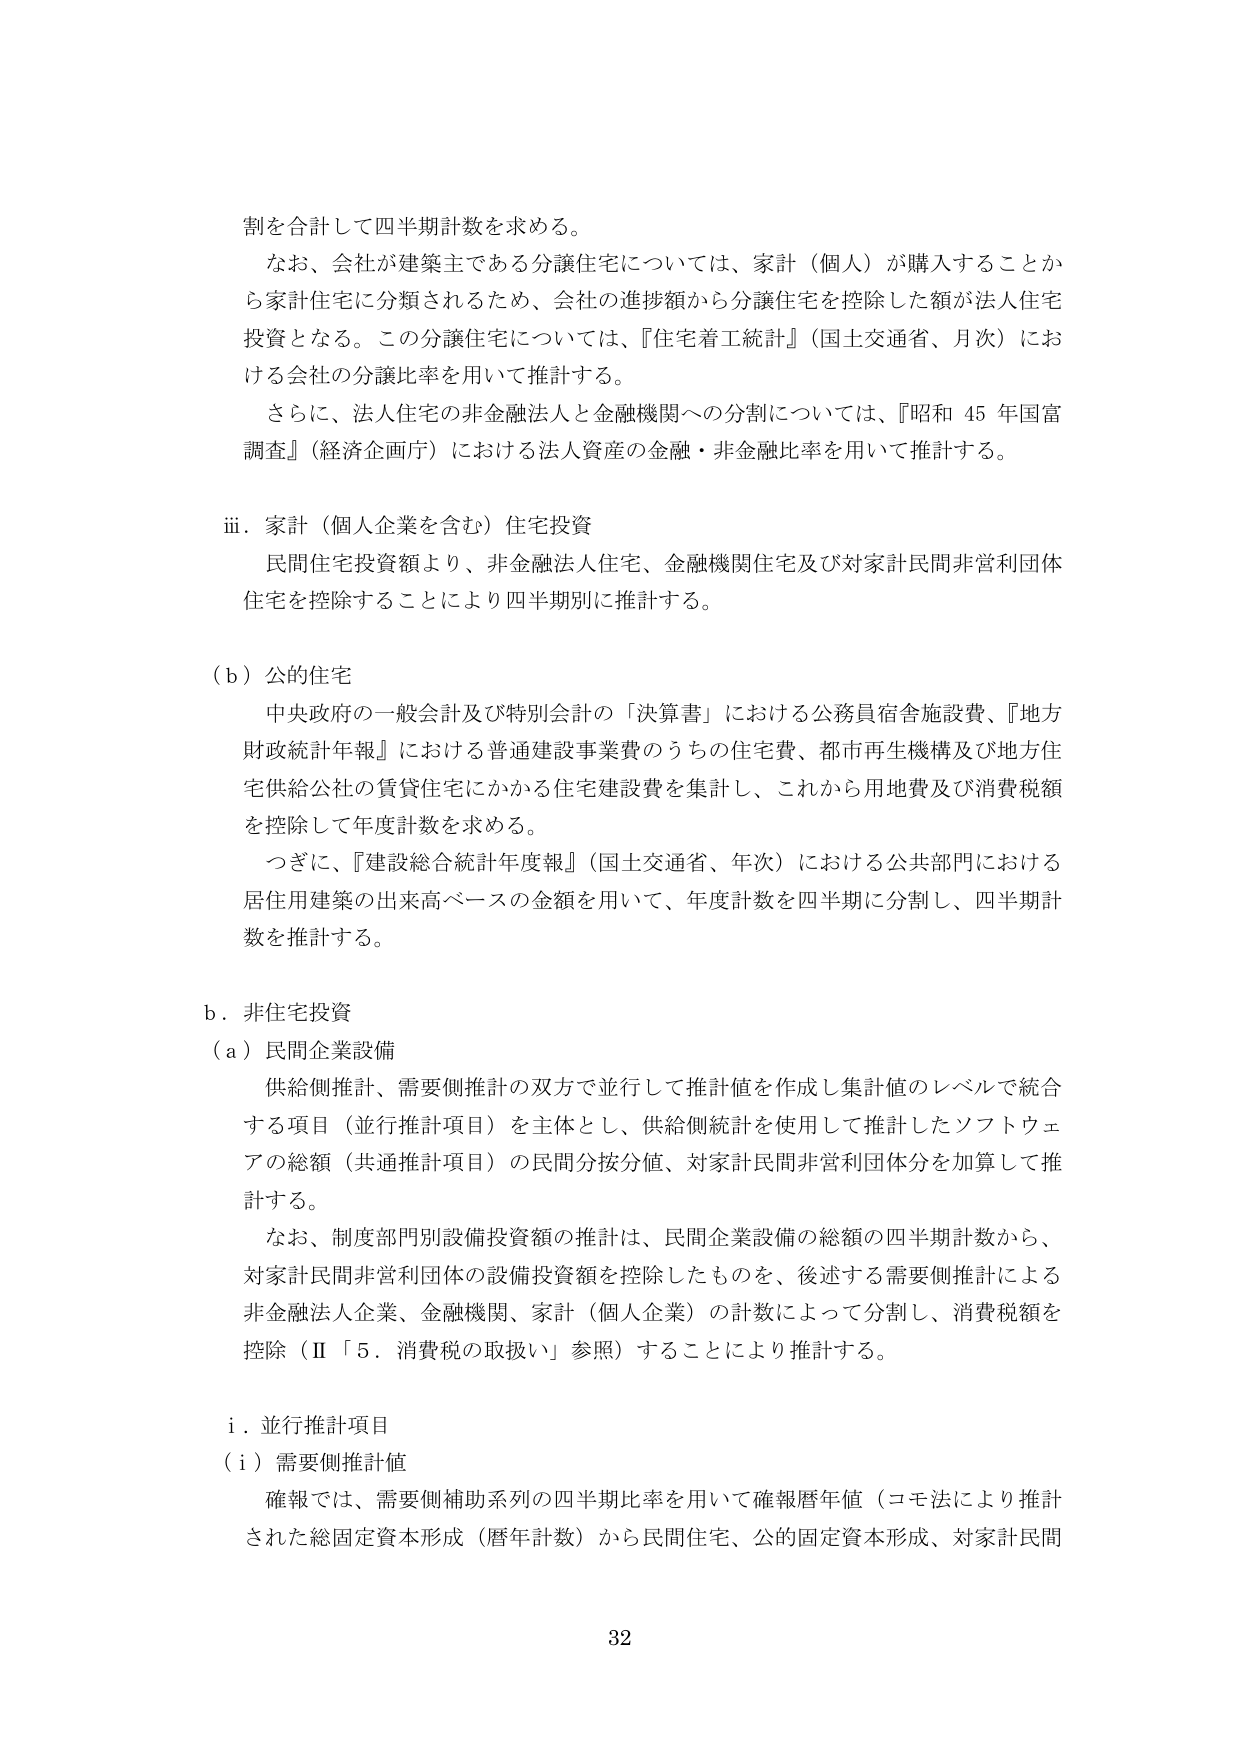
割を合計して四半期計数を求める。

なお、会社が建築主である分譲住宅については、家計（個人）が購入することから家計住宅に分類されるため、会社の進捗額から分譲住宅を控除した額が法人住宅投資となる。この分譲住宅については、『住宅着工統計』（国土交通省、月次）における会社の分譲比率を用いて推計する。

さらに、法人住宅の非金融法人と金融機関への分割については、『昭和 45 年国富調査』（経済企画庁）における法人資産の金融・非金融比率を用いて推計する。

ⅲ．家計（個人企業を含む）住宅投資
民間住宅投資額より、非金融法人住宅、金融機関住宅及び対家計民間非営利団体住宅を控除することにより四半期別に推計する。

（ｂ）公的住宅
中央政府の一般会計及び特別会計の「決算書」における公務員宿舎施設費、『地方財政統計年報』における普通建設事業費のうちの住宅費、都市再生機構及び地方住宅供給公社の賃貸住宅にかかる住宅建設費を集計し、これから用地費及び消費税額を控除して年度計数を求める。

つぎに、『建設総合統計年度報』（国土交通省、年次）における公共部門における居住用建築の出来高ベースの金額を用いて、年度計数を四半期に分割し、四半期計数を推計する。

ｂ．非住宅投資
（ａ）民間企業設備
供給側推計、需要側推計の双方で並行して推計値を作成し集計値のレベルで統合する項目（並行推計項目）を主体とし、供給側統計を使用して推計したソフトウェアの総額（共通推計項目）の民間分按分値、対家計民間非営利団体分を加算して推計する。

なお、制度部門別設備投資額の推計は、民間企業設備の総額の四半期計数から、対家計民間非営利団体の設備投資額を控除したものを、後述する需要側推計による非金融法人企業、金融機関、家計（個人企業）の計数によって分割し、消費税額を控除（Ⅱ「5．消費税の取扱い」参照）することにより推計する。

ⅰ．並行推計項目
（ⅰ）需要側推計値
確報では、需要側補助系列の四半期比率を用いて確報暦年値（コモ法により推計された総固定資本形成（暦年計数）から民間住宅、公的固定資本形成、対家計民間

32